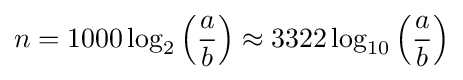
n=1000\log _{2}\left({\frac {a}{b}}\right)\approx 3322\log _{10}\left({\frac {a}{b}}\right)